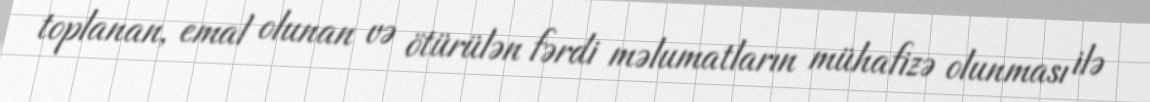
toplanan, emal olunan və ötürülən fərdi məlumatların mühafizə olunması ilə